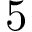
5